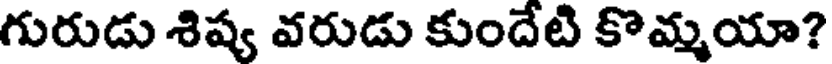
గురుడు శిష్య వరుడు కుందేటి కొమ్మయా?